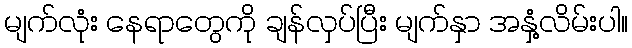
မျက်လုံး နေရာတွေကို ချန်လှပ်ပြီး မျက်နှာ အနှံ့လိမ်းပါ။